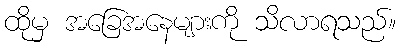
ထိုမှ အခြေအနေများကို သိလာရသည်။